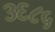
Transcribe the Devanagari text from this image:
३६८५